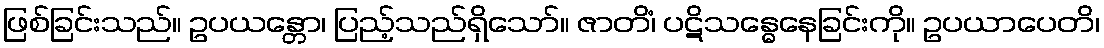
ဖြစ်ခြင်းသည်။ ဥပယန္တော၊ ပြည့်သည်ရှိသော်။ ဇာတိံ၊ ပဋိသန္ဓေနေခြင်းကို။ ဥပယာပေတိ၊